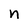
Character: n